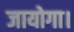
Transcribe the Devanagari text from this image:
जायोगा।